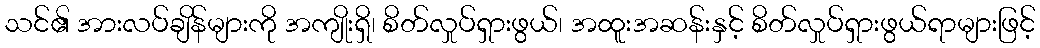
သင်၏ အားလပ်ချိန်များကို အကျိုးရှိ၊ စိတ်လှုပ်ရှားဖွယ်၊ အထူးအဆန်းနှင့် စိတ်လှုပ်ရှားဖွယ်ရာများဖြင့်